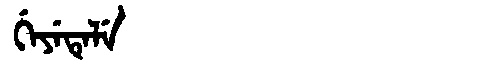
Manchu: ᡤᡝᠶᡝᡨᡝᠯᡝ
Romanization: GEYETELE